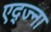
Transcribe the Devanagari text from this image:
एद्ज्ना